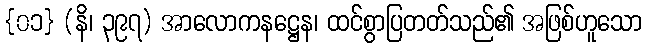
{၀၁} (နိ၊ ၃၉၇) အာလောကနဋ္ဌေန၊ ထင်စွာပြတတ်သည်၏ အဖြစ်ဟူသော